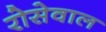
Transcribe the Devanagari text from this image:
रोसेवाल